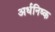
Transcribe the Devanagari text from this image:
अर्धनिष्क